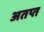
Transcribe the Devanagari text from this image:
अतप्त